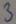
Text: 3